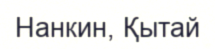
Нанкин, Қытай